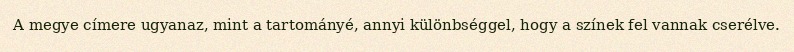
A megye címere ugyanaz, mint a tartományé, annyi különbséggel, hogy a színek fel vannak cserélve.